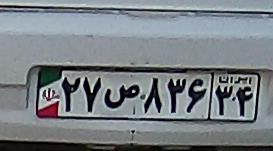
۲۷ص۸۳۶۳۴